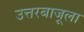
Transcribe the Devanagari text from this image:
उत्तरबाजूला